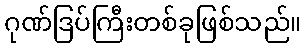
ဂုဏ်ဒြပ်ကြီးတစ်ခုဖြစ်သည်။